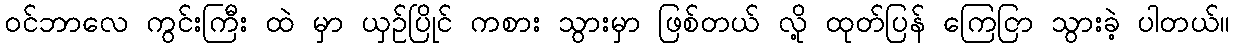
၀င်ဘာလေ ကွင်းကြီး ထဲ မှာ ယှဉ်ပြိုင် ကစား သွားမှာ ဖြစ်တယ် လို့ ထုတ်ပြန် ကြေငြာ သွားခဲ့ ပါတယ်။